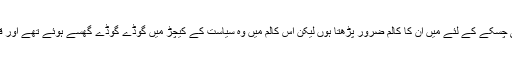
تارڑ صاحب عام طور پر سیاسی کالم نہیں لکھتے اسی لئے تھوڑے سے ادبی چسکے کے لئے میں اُن کا کالم ضرور پڑھتا ہوں لیکن اس کالم میں وہ سیاست کے کیچڑ میں گوڈے گوڈے گھسے ہوئے تھے اور قلم کو تلوار کی طرح ایسے گھما رہے تھے کہ جو زد میں آئے پھڑک جائے۔